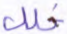
خلل